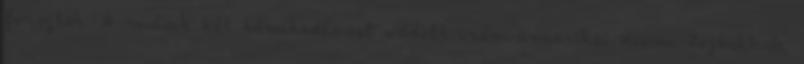
forogtak. A másik két kémkedéssel vádolt iráni-amerikai Kiam Tajbakhsh,